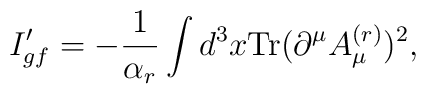
I_{gf}'=-\frac{1}{\alpha_{r}}\int d^3x \mbox{Tr}(\partial^{\mu}A^{(r)}_{\mu})^2,